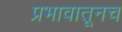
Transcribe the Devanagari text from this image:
प्रभावातूनच